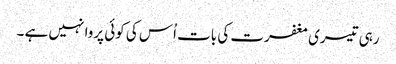
رہی تیسری مغفرت کی بات اُس کی کوئی پروا نہیں ہے ۔